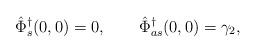
LaTeX: \begin{align*} \hat \Phi^\dagger_s(0,0)=0, \qquad\hat \Phi^\dagger_{as}(0,0) = \gamma_2,\end{align*}